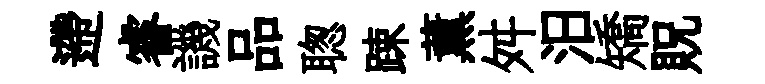
遰睿譏品聦踈薰舛汨矯貺